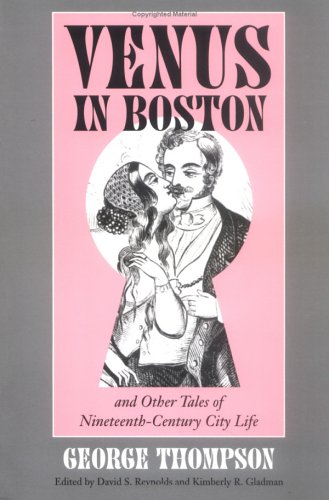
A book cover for Venus in Boston and Other Tales of Nineteenth-Century Life; George Thompson; Literature & Fiction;